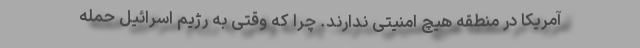
آمریکا در منطقه هیچ امنیتی ندارند. چرا که وقتی به رژیم اسرائیل حمله